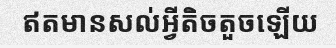
ឥតមានសល់អ្វីតិចតួចឡើយ